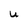
Character: u